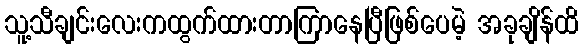
သူ့သီချင်းလေးကထွက်ထားတာကြာနေပြီဖြစ်ပေမဲ့ အခုချိန်ထိ